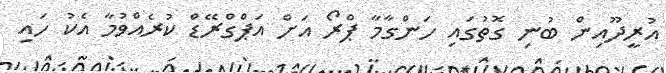
އުރީދޫއިން ބުނި ގޮތުގައި ހަންގާމާ ޕްރޯ އަށް އަޕްގްރޭޑް ކުރެއްވުމާ އެކު ހައި